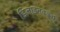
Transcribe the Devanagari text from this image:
डिजाइनवर्क्स